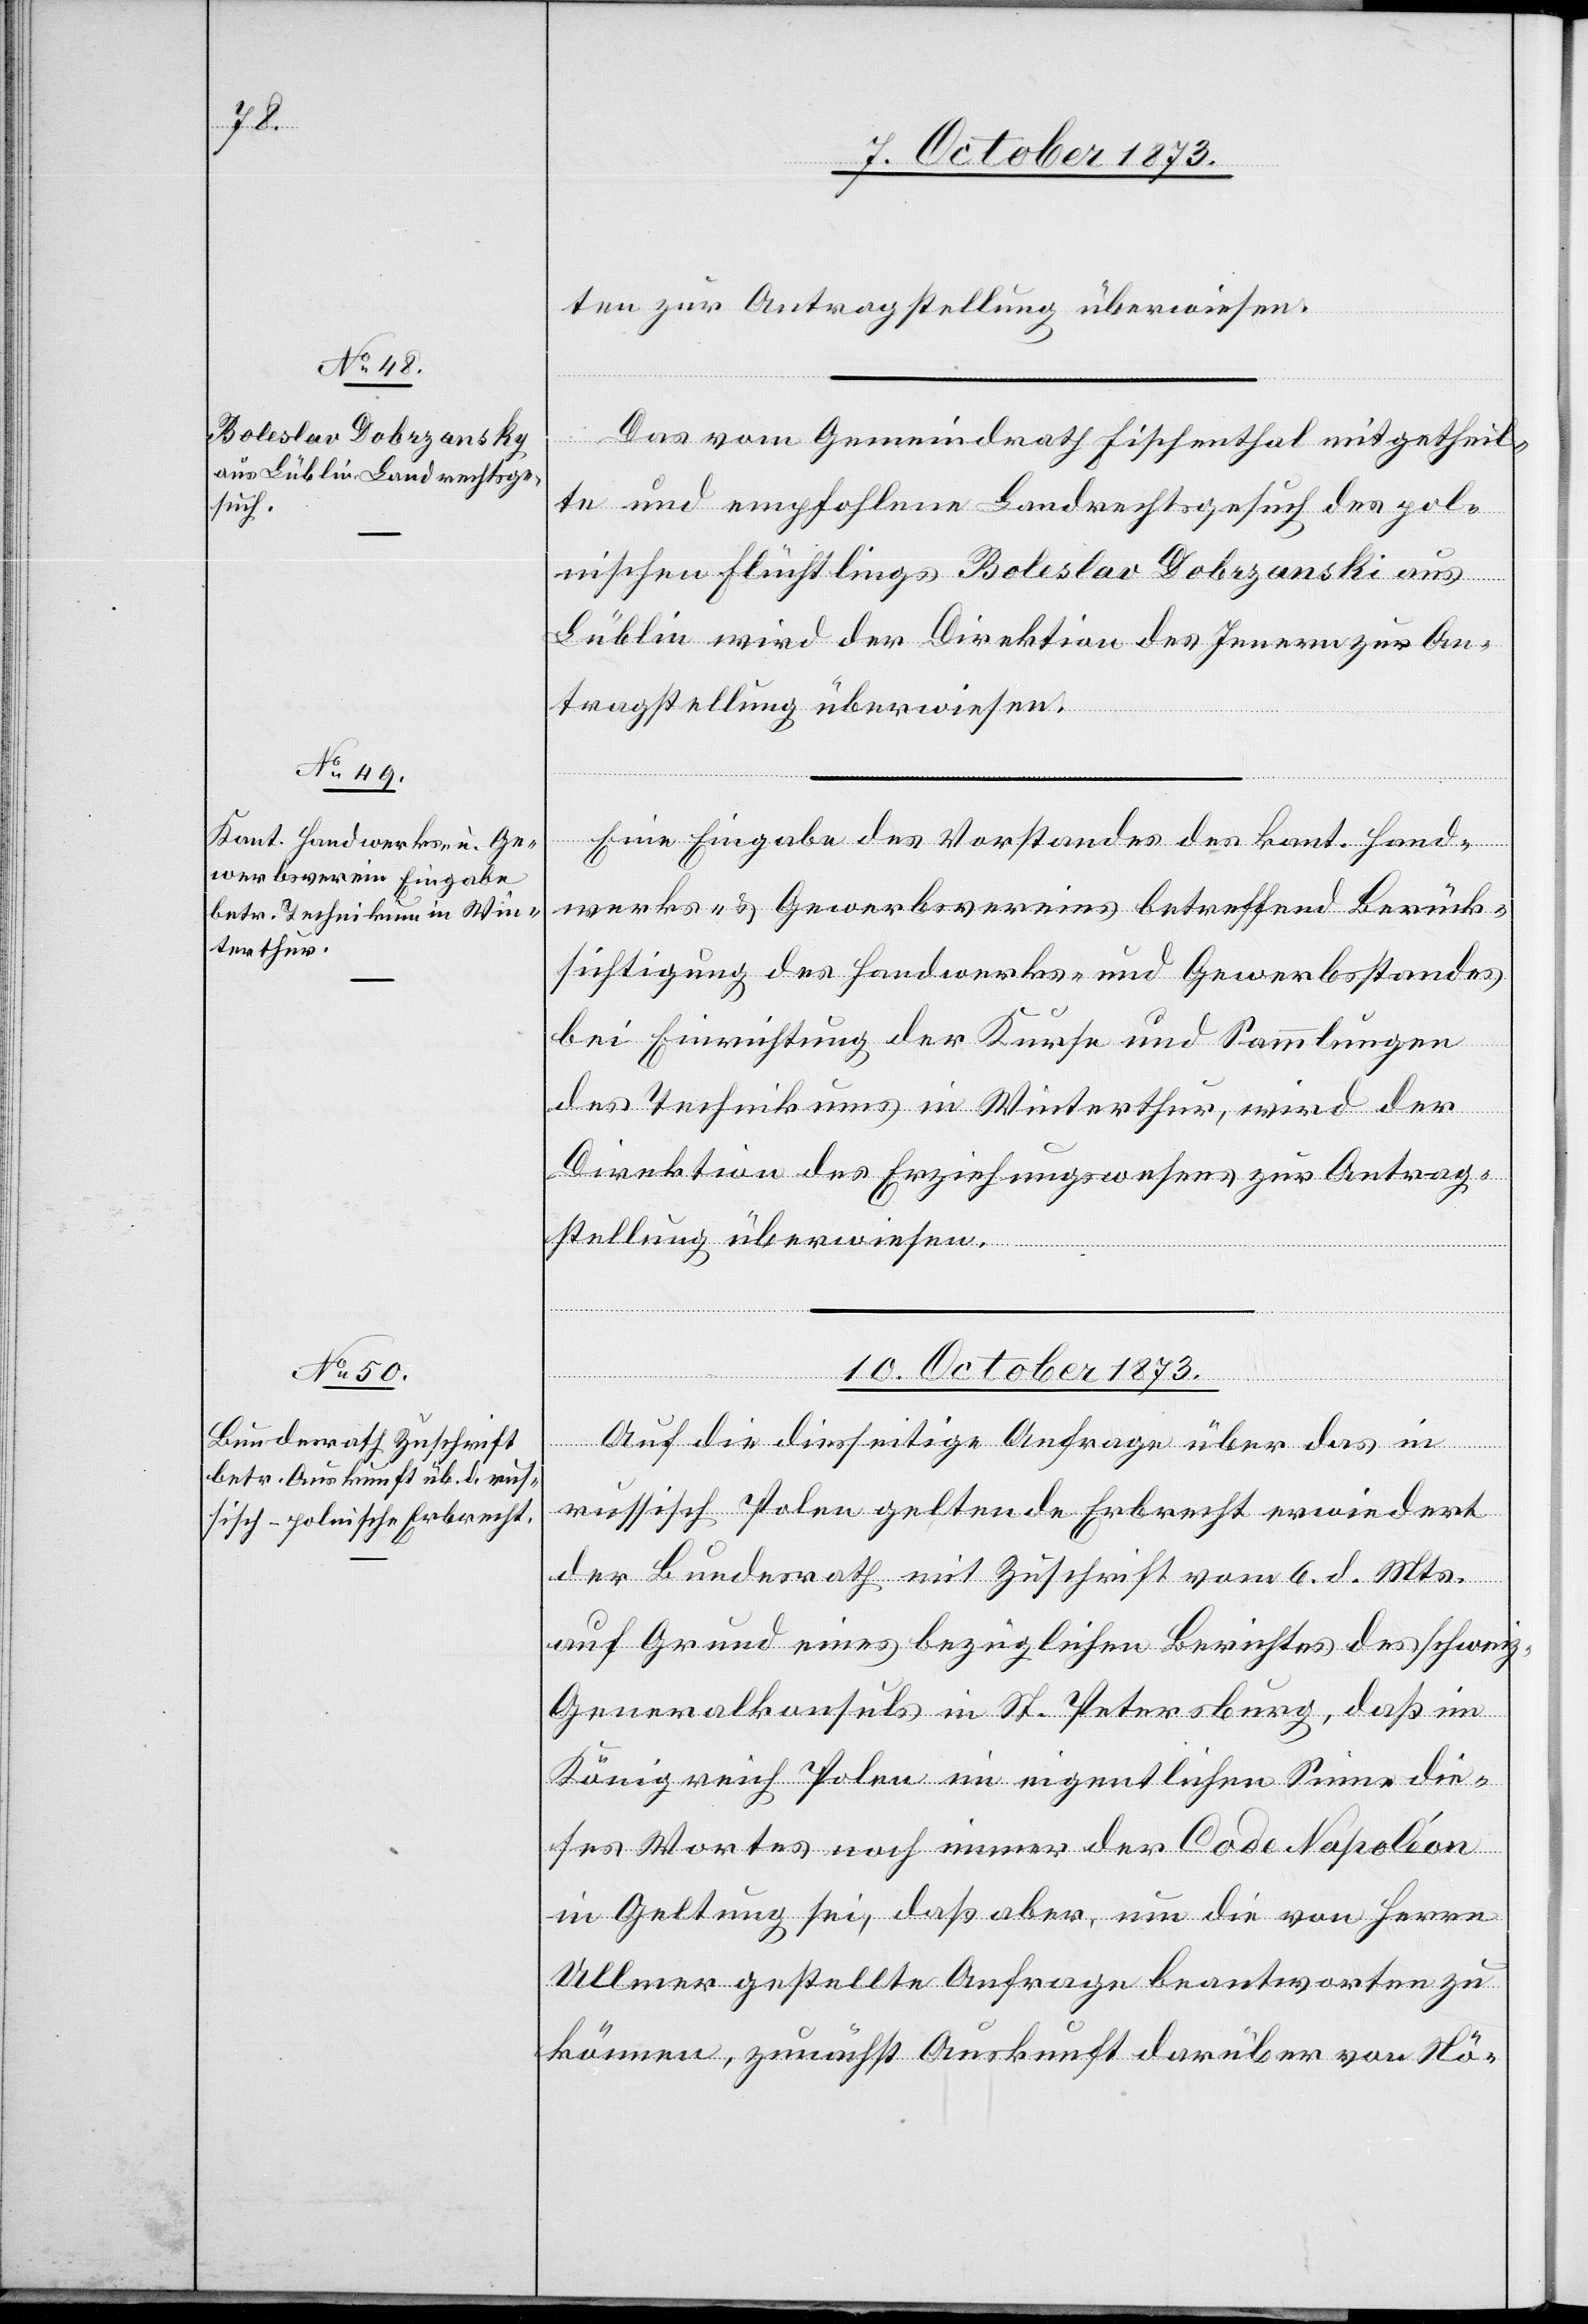
8. October 1873.]
ten zur Antragstellung überwiesen.
Das vom Gemeindrath Fischenthal mitgetheil¬
te und empfohlene Landrechtsgesuch des pol¬
nischen Flüchtlings Boleslav Dobrzanski [sic!] aus
Lüblin wird der Direktion des Innern zur An¬
tragstellung überwiesen.
Eine Eingabe des Vorstandes des kant. Hand¬
werks- & Gewerbsvereins betreffend Berück¬
sichtigung des Handwerks- und Gewerbsstandes
bei Einrichtung der Kurse und Sammlungen
des Technikums in Winterthur, wird der
Direktion des Erziehungswesens zur Antrag¬
stellung überwiesen.
10. October 1873.
Auf die diesseitige Anfrage über das in
russisch Polen geltende Erbrecht erwiedert
der Bundesrath mit Zuschrift vom 6. d. Mts.
auf Grund eines bezüglichen Berichtes des schweiz.
Generalkonsuls in St. Petersburg, daß im
Königreich Polen im eigentlichen Sinne die¬
ses Wortes noch immer der Code Napoléon
in Geltung sei, daß aber, um die von Herrn
Ullmer gestellte Anfrage beantworten zu
können, zunächst Auskunft darüber von Nö-